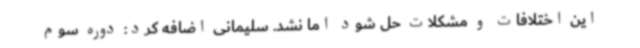
این اختلافات و مشکلات حل شود اما نشد. سلیمانی اضافه کرد: دوره سوم